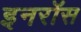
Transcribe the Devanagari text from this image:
इनरॉस